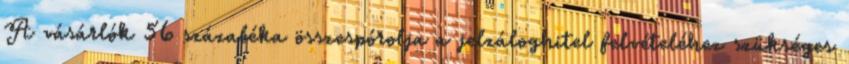
A vásárlók 56 százaléka összespórolja a jelzáloghitel felvételéhez szükséges